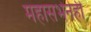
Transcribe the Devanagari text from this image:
महासभेनेही